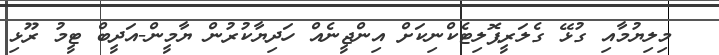
މިލިޔުމާއި ގުޅޭ ގެލަރީޕޮލިޓެކްނިކަށް އިންޖީނެއް ހަދިޔާކުރުން ޔާމީން-އަދީބް ޓީމު ރޫޅި